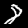
Label: 8